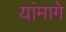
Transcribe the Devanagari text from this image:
यांमागे